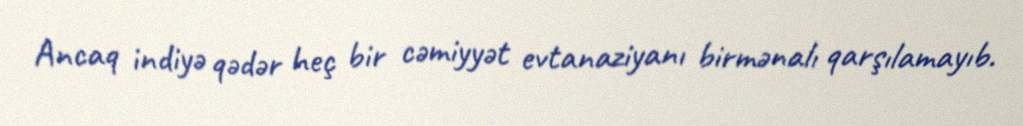
Ancaq indiyə qədər heç bir cəmiyyət evtanaziyanı birmənalı qarşılamayıb.